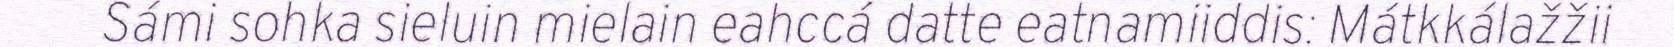
Sámi sohka sieluin mielain eahccá datte eatnamiiddis: Mátkkálažžii